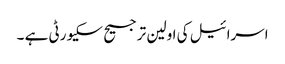
اسرائیل کی اولین ترجیح سکیورٹی ہے ۔